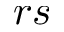
r s